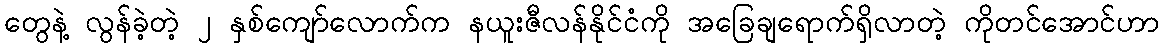
တွေနဲ့ လွန်ခဲ့တဲ့ ၂ နှစ်ကျော်လောက်က နယူးဇီလန်နိုင်ငံကို အခြေချရောက်ရှိလာတဲ့ ကိုတင်အောင်ဟာ